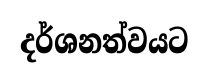
දර්ශනත්වයට